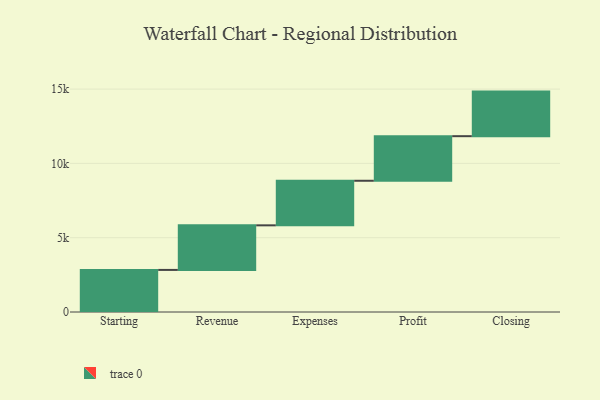
{"axis": {"x": "Step", "y": "Value"}, "legend": [""], "data": [{"x": "Starting", "y": 2832.0, "type": ""}, {"x": "Revenue", "y": 3000, "type": ""}, {"x": "Expenses", "y": 3000, "type": ""}, {"x": "Profit", "y": 3000, "type": ""}, {"x": "Closing", "y": 3000, "type": ""}]}